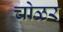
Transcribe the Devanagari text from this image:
चोळर